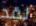
لقد